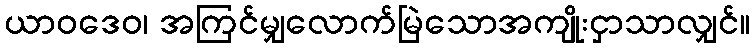
ယာဝဒေဝ၊ အကြင်မျှလောက်မြဲသောအကျိုးငှာသာလျှင်။